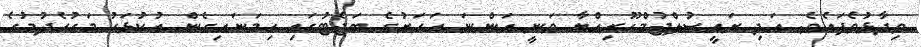
ވިދާޅުވެފައެވެ. އަދި ރައީސުލްޖުމްހޫރިއްޔާ ވަނީ އަންނަ އަހަރުގެ ބަޖެޓުގައި ހިމަނައިގެން އުކުޅަހު މަގުހެދުމުގެ